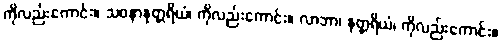
ကိုလည်းကောင်း။ သဝနာနုတ္တရိယံ၊ ကိုလည်းကောင်း။ လာဘာ၊ နုတ္တရိယံ၊ ကိုလည်းကောင်း။